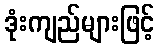
ဒုံးကျည်များဖြင့်